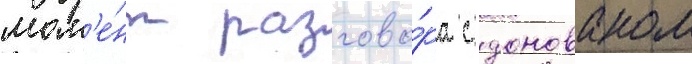
мом'е́нт разгово́ра с донованом